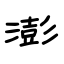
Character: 澎